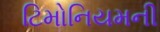
ટિમોનિયમની